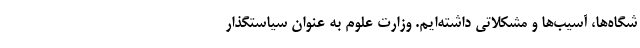
شگاه‌ها، آسیب‌ها و مشکلاتی داشته‌ایم. وزارت علوم به عنوان سیاستگذار